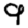
Digit: 9